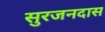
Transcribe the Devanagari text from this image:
सुरजनदास